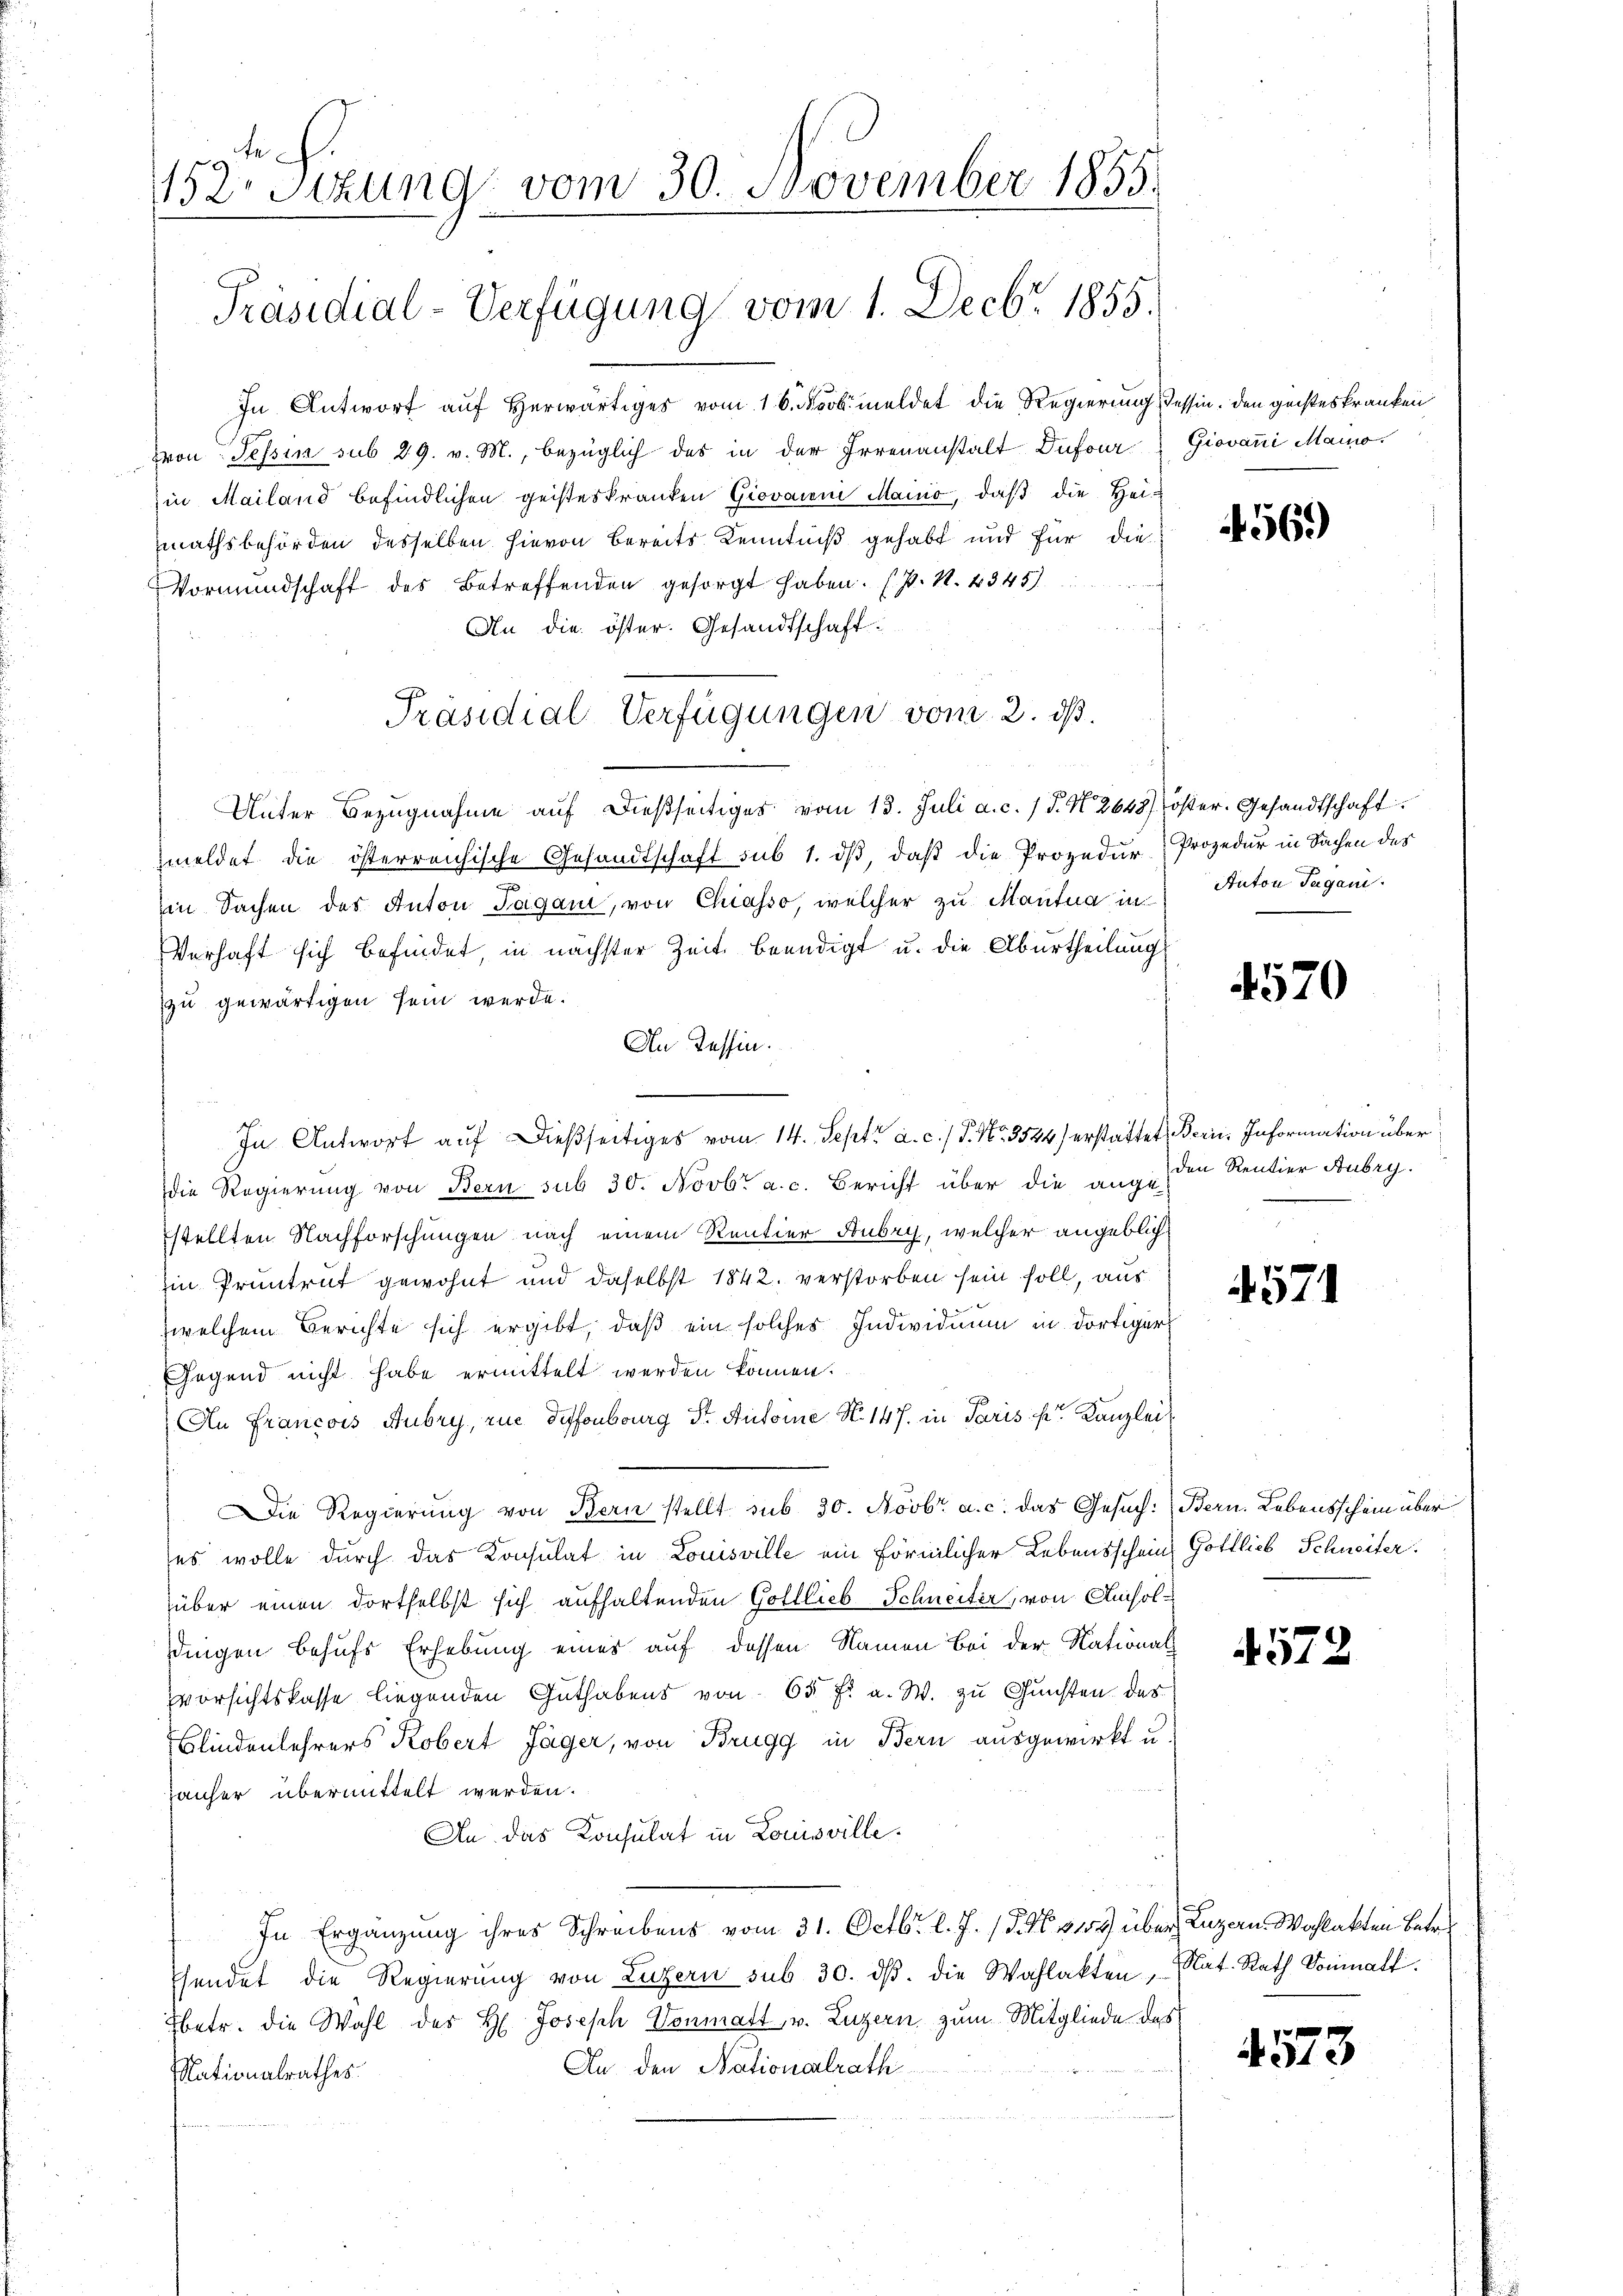
te
152. Sitzung vom 30. November 1855.

Präsidial-Verfügung vom 1. Decbr. 1855.

In Antwort auf herwärtiges vom 16. Novbmeldet die Regierung dessen. Den geisteskranken
Tron Tessin sub 29. v. M., bezüglich des in der Irrenanstalt Dufour
in Mailand befindlichen geisteskranken Giovanni Maino, daß die Heimathsbehörden desselben hievon bereits Kenntniß gehabt und für die
Vormundschaft des Betreffenden gesorgt haben. (s. S. 4345)
An die öster. Gesandtschaft
Unter Bezugnahme aŭf dießseitiges vom 13. Juli a. c. 1 P. N. 2648) öster. Gesandtschaft
zmeldet die österreichische Gesandtschaft sub 1. dβ, daß die Prozedur Prozedur in Sachen des
Ein Sachen des Anton Tagani, von Chiasso, welcher zu Mantua in Anton Tagani
Verhaft sich befindet, in nächster Zeit beendigt u. die Aburtheilung
zu gewärtigen sein werde.
An Tessin.
die Regierung von Bern sub 30. Novbr. a. c. Bericht über die ange-
stellten Nachforschungen nach einem Rentier Fubey, welcher angeblich
in Pruntrut gewohnt und daselbst 1842 verstorben sein soll, aus
zwelchem Berichte sich ergibt, daß ein solches Individuum in dortigers
Gegend nicht habe ermittelt werden können.
An Francois Aubry, wie dessenburg Dr. Antoine No. 147. in Paris pr. Kanzlei
Die Regierung von Bern stellt sub 30. Novbr. a. c. das Gesuch: Bern. Lebensschein über
(es wolle durch das Konsulat in Louisville ein förmlicher Lebensschein
über einen dortselbst sich aufhaltenden Golllieb Schneiter, von Amisoldingen behufs Erhebung eines auf dessen Namen bei der National
vorsichtskasse liegenden Guthabens von 65 f. a. W. zu Gunsten des
Blindenlehrers Robert Jäger, von Brugg in Bern ausgewirkt u.
Tanher übermittelt werden.
An das Konsulat in Louisville.
In Ergänzung ihres Schreibens vom 31. Octbr. l. J. 17. No. 3109 über Luzern. Wohlakten Betref
hendet die Regierŭng von Luzern sub 30. dβ. die Wahlakten, Nat. Rath Dominalt.
Ebetr. die Wahl des H. Joseph Vonmatt, v. Luzern zum Mitgliede des
An den Nationalrath
Nationalrathes.

Präsidial-Verfügungen vom 2. ds.

In Antwort auf dießseitiges vom 14. Sept. a. c. / P. Nr. 3544) erstattet, Bern Information über

Giovani Maino.

4569)

4570

den Rentier Aubry.

4571

Gottlieb Schweiter.

4572

4573